system: You are a helpful assistant.
user:
Analyze the provided spectrum to determine if it is a **Carbon Star (C-type)**.

- **Key Visual Indicators of Carbon Star:**
    - **(Primary):** Strong molecular absorption from **C₂ (diatomic carbon) "Swan Bands."** This is the **defining feature** of a carbon star.
        - **(Key Bandheads):** Sharp absorption edges are visible at approximately $5635$ Å, $5165$ Å (the strongest band), and $4737$ Å.
        - **(Line Profile):** Creates a distinct **"saw-tooth"** pattern. The key morphology is a sharp, steep bandhead on the **red (long-wavelength) side**, which then gradually tapers off (i.e., flux recovers) towards the **blue (short-wavelength) side**. *(This is the direct opposite of the TiO bands seen in M-type stars)*.

    - **(Secondary):** Intense **CN (cyanogen)** molecular absorption bands.
        - **(Key Bandheads):** Located in the blue and violet regions of the spectrum (e.g., near $4215$ Å and $3883$ Å).
        - **(Morphology):** These bands are extremely broad and act as a "blanket," absorbing the vast majority of blue and violet light. This creates a characteristic **"cliff"** or **"steep drop-off"** in the spectrum's flux at short wavelengths.

    - **(Key Confirmation):** Strong **CH absorption band (G-band)**.
        - **(Key Bandhead):** Located around $4300$ Å. The contribution from CH molecules to this band is exceptionally strong.

    - **(Overall Spectrum):**
        - The continuum is severely "chopped up" by these deep molecular bands, especially C₂, rather than appearing as a smooth curve.
        - Due to the heavy CN and C₂ absorption in the blue-green, the vast majority of the star's flux is concentrated in the red part of the spectrum, giving the star its characteristic deep red color.

Think first, call **spectral_visualization_tool** if needed to examine features in detail, then provide your final answer. Your response must adhere to the following strict rules:
1.  **Overall Structure:** Your response must follow the format `<think>...</think> <tool_call>...</tool_call> (if a tool is used) <answer>...</answer>`.
2.  **Tool Usage Constraint:** You may only make **one** tool call per turn.
3.  **Final Answer Format:** In the `<answer>` tag, your conclusion must be inside a `\boxed{}` command (e.g., `\boxed{YES}`), followed by your justification.

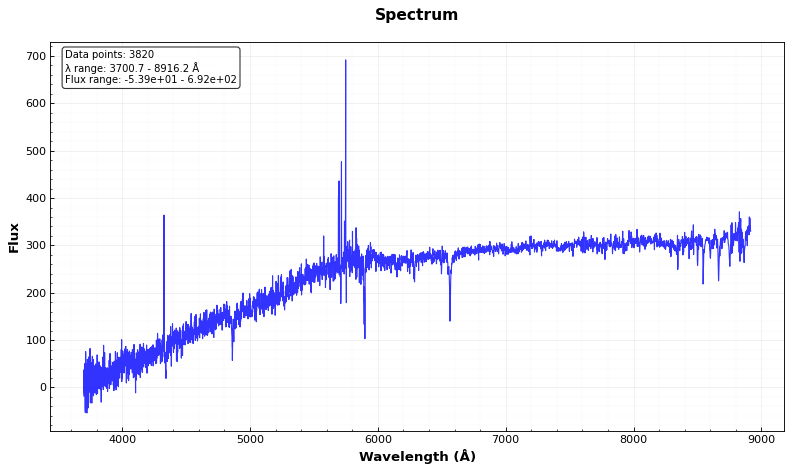
Answer: NO